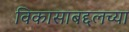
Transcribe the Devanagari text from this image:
विकासाबद्दलच्या